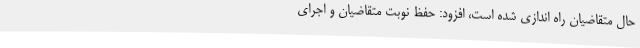
حال متقاضیان راه اندازی شده است، افزود: حفظ نوبت متقاضیان و اجرای